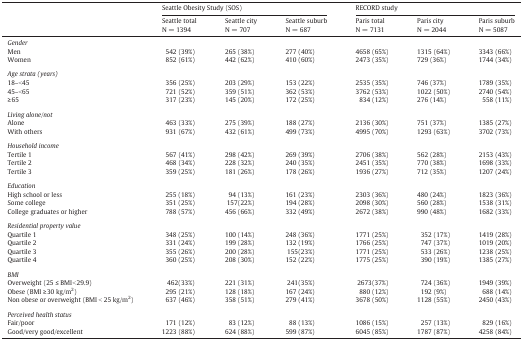
<table><thead><tr><td></td><td colspan="3"><b>Seattle Obesity Study (SOS)</b></td><td colspan="3"><b>RECORD study</b></td></tr><tr><td><b>Seattle total N = 1394</b></td><td><b>Seattle city N = 707</b></td><td><b>Seattle suburb N = 687</b></td><td><b>Paris total N = 7131</b></td><td><b>Paris city N = 2044</b></td><td><b>Paris suburb N = 5087</b></td></tr></thead><tbody><tr><td colspan="7"><i>Gender</i></td></tr><tr><td>Men</td><td>542 (39%)</td><td>265 (38%)</td><td>277 (40%)</td><td>4658 (65%)</td><td>1315 (64%)</td><td>3343 (66%)</td></tr><tr><td>Women</td><td>852 (61%)</td><td>442 (62%)</td><td>410 (60%)</td><td>2473 (35%)</td><td>729 (36%)</td><td>1744 (34%)</td></tr><tr><td colspan="7">  </td></tr><tr><td colspan="7"><i>Age strata (years)</i></td></tr><tr><td>18–&lt;45</td><td>356 (25%)</td><td>203 (29%)</td><td>153 (22%)</td><td>2535 (35%)</td><td>746 (37%)</td><td>1789 (35%)</td></tr><tr><td>45–&lt;65</td><td>721 (52%)</td><td>359 (51%)</td><td>362 (53%)</td><td>3762 (53%)</td><td>1022 (50%)</td><td>2740 (54%)</td></tr><tr><td>≥ 65</td><td>317 (23%)</td><td>145 (20%)</td><td>172 (25%)</td><td>834 (12%)</td><td>276 (14%)</td><td>558 (11%)</td></tr><tr><td colspan="7">  </td></tr><tr><td colspan="7"><i>Living alone/not</i></td></tr><tr><td>Alone</td><td>463 (33%)</td><td>275 (39%)</td><td>188 (27%)</td><td>2136 (30%)</td><td>751 (37%)</td><td>1385 (27%)</td></tr><tr><td>With others</td><td>931 (67%)</td><td>432 (61%)</td><td>499 (73%)</td><td>4995 (70%)</td><td>1293 (63%)</td><td>3702 (73%)</td></tr><tr><td colspan="7">  </td></tr><tr><td colspan="7"><i>Household income</i></td></tr><tr><td>Tertile 1</td><td>567 (41%)</td><td>298 (42%)</td><td>269 (39%)</td><td>2706 (38%)</td><td>562 (28%)</td><td>2153 (43%)</td></tr><tr><td>Tertile 2</td><td>468 (34%)</td><td>228 (32%)</td><td>240 (35%)</td><td>2451 (35%)</td><td>770 (38%)</td><td>1698 (33%)</td></tr><tr><td>Tertile 3</td><td>359 (25%)</td><td>181 (26%)</td><td>178 (26%)</td><td>1936 (27%)</td><td>712 (35%)</td><td>1207 (24%)</td></tr><tr><td colspan="7">  </td></tr><tr><td colspan="7"><i>Education</i></td></tr><tr><td>High school or less</td><td>255 (18%)</td><td>94 (13%)</td><td>161 (23%)</td><td>2303 (36%)</td><td>480 (24%)</td><td>1823 (36%)</td></tr><tr><td>Some college</td><td>351 (25%)</td><td>157(22%)</td><td>194 (28%)</td><td>2098 (30%)</td><td>560 (28%)</td><td>1538 (31%)</td></tr><tr><td>College graduates or higher</td><td>788 (57%)</td><td>456 (66%)</td><td>332 (49%)</td><td>2672 (38%)</td><td>990 (48%)</td><td>1682 (33%)</td></tr><tr><td colspan="7">  </td></tr><tr><td colspan="7"><i>Residential property value</i></td></tr><tr><td>Quartile 1</td><td>348 (25%)</td><td>100 (14%)</td><td>248 (36%)</td><td>1771 (25%)</td><td>352 (17%)</td><td>1419 (28%)</td></tr><tr><td>Quartile 2</td><td>331 (24%)</td><td>199 (28%)</td><td>132 (19%)</td><td>1766 (25%)</td><td>747 (37%)</td><td>1019 (20%)</td></tr><tr><td>Quartile 3</td><td>355 (26%)</td><td>200 (28%)</td><td>155(23%)</td><td>1771 (25%)</td><td>533 (26%)</td><td>1238 (25%)</td></tr><tr><td>Quartile 4</td><td>360 (25%)</td><td>208 (30%)</td><td>152 (22%)</td><td>1775 (25%)</td><td>390 (19%)</td><td>1385 (27%)</td></tr><tr><td colspan="7">  </td></tr><tr><td colspan="7"><i>BMI</i></td></tr><tr><td>Overweight (25 ≤ BMI &lt; 29.9)</td><td>462(33%)</td><td>221 (31%)</td><td>241(35%)</td><td>2673(37%)</td><td>724 (36%)</td><td>1949 (39%)</td></tr><tr><td>Obese (BMI ≥ 30 kg/m<sup>2</sup>)</td><td>295 (21%)</td><td>128 (18%)</td><td>167 (24%)</td><td>880 (12%)</td><td>192 (9%)</td><td>688 (14%)</td></tr><tr><td>Non obese or overweight (BMI &lt; 25 kg/m<sup>2</sup>)</td><td>637 (46%)</td><td>358 (51%)</td><td>279 (41%)</td><td>3678 (50%)</td><td>1128 (55%)</td><td>2450 (43%)</td></tr><tr><td colspan="7">  </td></tr><tr><td colspan="7"><i>Perceived health status</i></td></tr><tr><td>Fair/poor</td><td>171 (12%)</td><td>83 (12%)</td><td>88 (13%)</td><td>1086 (15%)</td><td>257 (13%)</td><td>829 (16%)</td></tr><tr><td>Good/very good/excellent</td><td>1223 (88%)</td><td>624 (88%)</td><td>599 (87%)</td><td>6045 (85%)</td><td>1787 (87%)</td><td>4258 (84%)</td></tr></tbody></table>